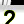
Digit: 2